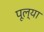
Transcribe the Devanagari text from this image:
पूल्या